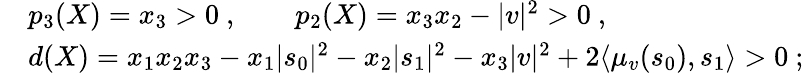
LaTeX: \begin{array}{rl}&{p_{3}(X)=x_{3}>0\ ,\qquad p_{2}(X)=x_{3}x_{2}-|v|^{2}>0\ ,}\\ &{d(X)=x_{1}x_{2}x_{3}-x_{1}|s_{0}|^{2}-x_{2}|s_{1}|^{2}-x_{3}|v|^{2}+2\langle\mu_{v}(s_{0}),s_{1}\rangle>0\ ;}\end{array}